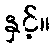
နှင့်။